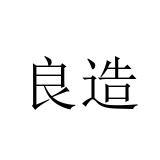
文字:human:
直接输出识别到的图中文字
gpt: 良造